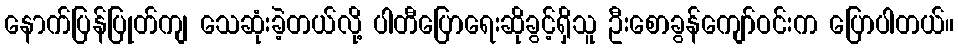
နောက်ပြန်ပြုတ်ကျ သေဆုံးခဲ့တယ်လို့ ပါတီပြောရေးဆိုခွင့်ရှိသူ ဦးစောခွန်ကျော်ဝင်းက ပြောပါတယ်။